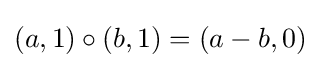
(a,1)\circ (b,1)=(a-b,0)